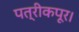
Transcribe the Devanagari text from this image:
पत्रीकपूर।